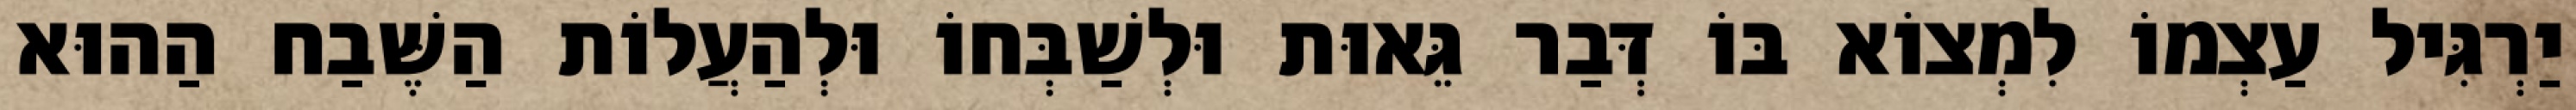
יַרְגִּיל עַצְמוֹ לִמְצוֹא בּוֹ דְּבַר גֵּאוּת וּלְשַׁבְּחוֹ וּלְהַעֲלוֹת הַשֶּׁבַח הַהוּא